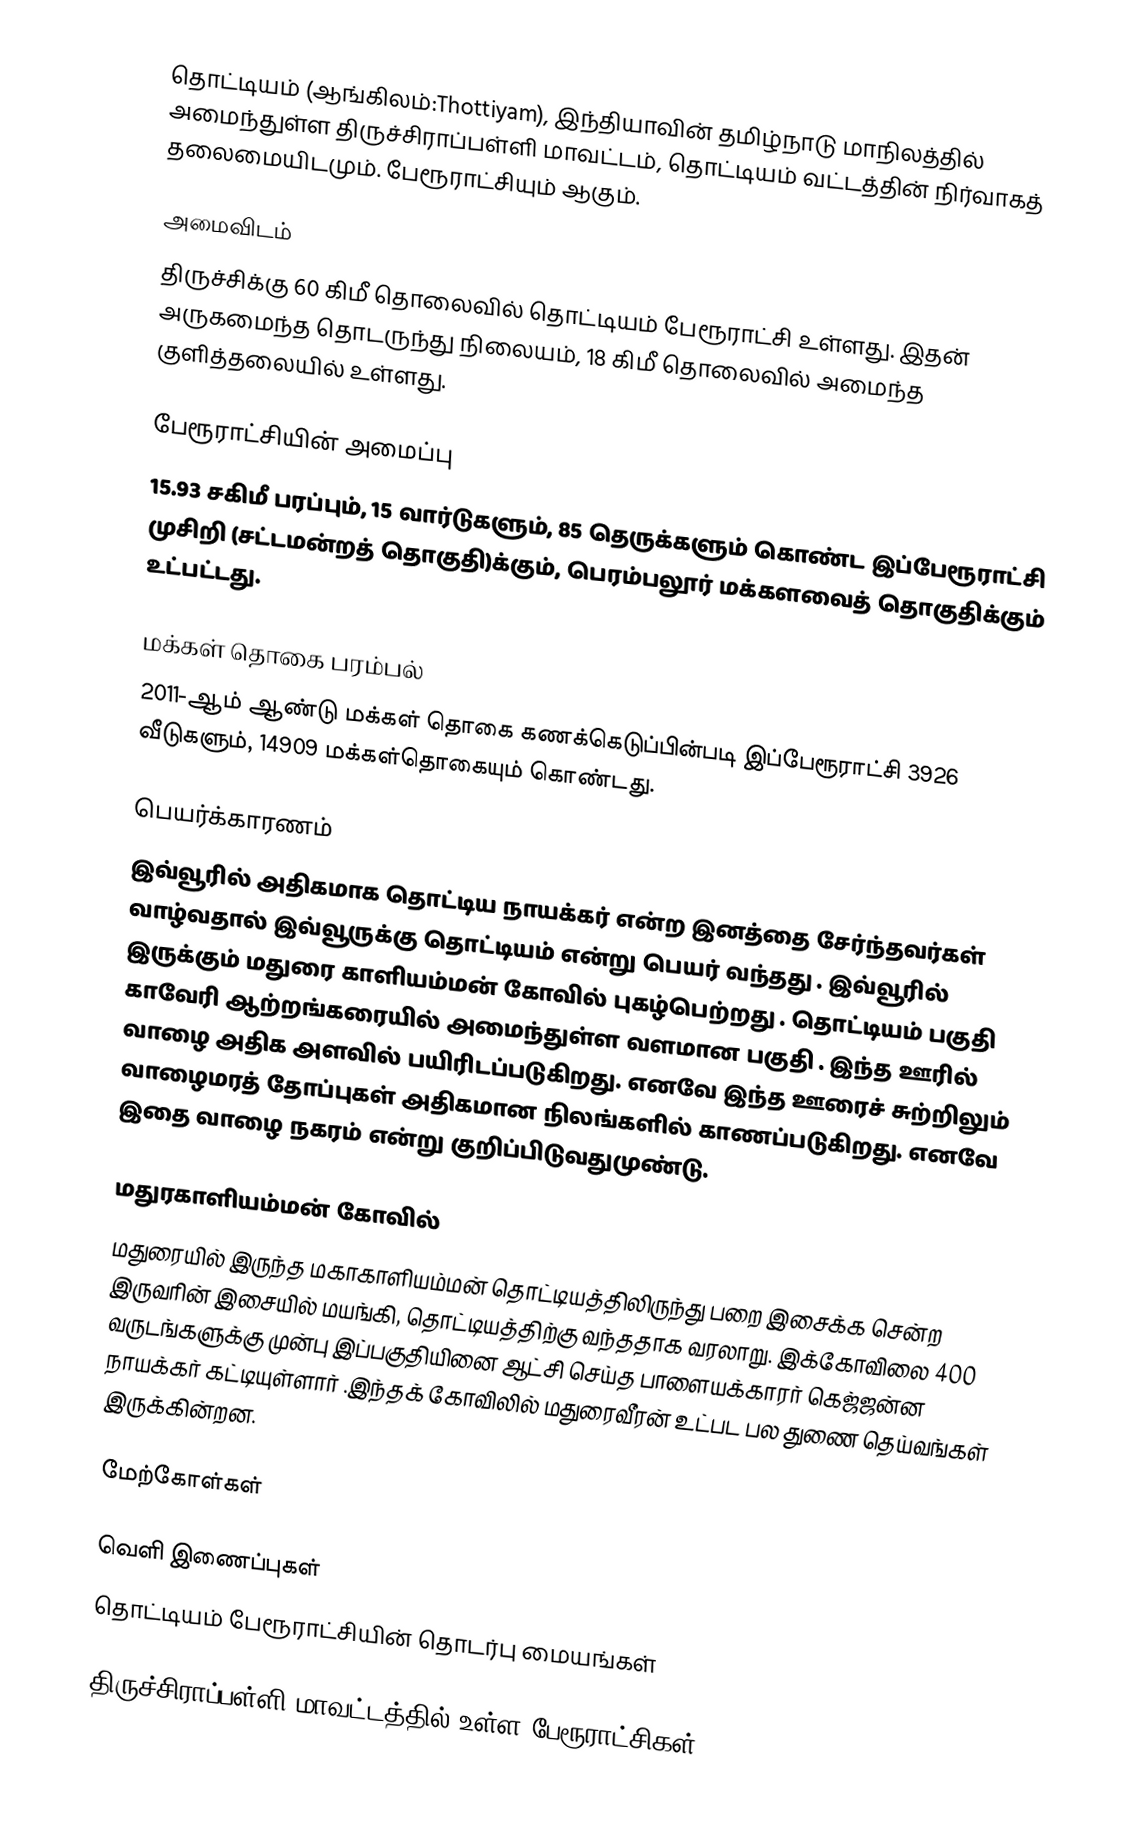
தொட்டியம் (ஆங்கிலம்:Thottiyam), இந்தியாவின் தமிழ்நாடு மாநிலத்தில் அமைந்துள்ள திருச்சிராப்பள்ளி மாவட்டம், தொட்டியம் வட்டத்தின் நிர்வாகத் தலைமையிடமும். பேரூராட்சியும் ஆகும்.

அமைவிடம்
திருச்சிக்கு  60 கிமீ தொலைவில் தொட்டியம்   பேரூராட்சி உள்ளது. இதன் அருகமைந்த தொடருந்து நிலையம், 18 கிமீ தொலைவில் அமைந்த   குளித்தலையில் உள்ளது.

பேரூராட்சியின் அமைப்பு
15.93 சகிமீ பரப்பும்,  15 வார்டுகளும்,  85  தெருக்களும் கொண்ட இப்பேரூராட்சி  முசிறி (சட்டமன்றத் தொகுதி)க்கும், பெரம்பலூர் மக்களவைத் தொகுதிக்கும் உட்பட்டது.

மக்கள் தொகை பரம்பல்
2011-ஆம் ஆண்டு மக்கள் தொகை கணக்கெடுப்பின்படி  இப்பேரூராட்சி 3926 வீடுகளும், 14909  மக்கள்தொகையும் கொண்டது.

பெயர்க்காரணம்
இவ்வூரில் அதிகமாக தொட்டிய நாயக்கர் என்ற இனத்தை சேர்ந்தவர்கள் வாழ்வதால் இவ்வூருக்கு தொட்டியம்  என்று பெயர் வந்தது . இவ்வூரில் இருக்கும் மதுரை காளியம்மன் கோவில் புகழ்பெற்றது . தொட்டியம் பகுதி காவேரி ஆற்றங்கரையில் அமைந்துள்ள வளமான பகுதி . இந்த ஊரில் வாழை அதிக அளவில் பயிரிடப்படுகிறது. எனவே இந்த ஊரைச் சுற்றிலும் வாழைமரத் தோப்புகள் அதிகமான நிலங்களில் காணப்படுகிறது. எனவே இதை வாழை நகரம் என்று குறிப்பிடுவதுமுண்டு.

மதுரகாளியம்மன் கோவில்
மதுரையில் இருந்த மகாகாளியம்மன் தொட்டியத்திலிருந்து பறை இசைக்க சென்ற இருவரின் இசையில் மயங்கி, தொட்டியத்திற்கு வந்ததாக வரலாறு. இக்கோவிலை 400 வருடங்களுக்கு முன்பு இப்பகுதியினை ஆட்சி செய்த பாளையக்காரர் கெஜ்ஜன்ன நாயக்கர் கட்டியுள்ளார் .இந்தக் கோவிலில் மதுரைவீரன் உட்பட பல துணை தெய்வங்கள் இருக்கின்றன.

மேற்கோள்கள்

வெளி இணைப்புகள்
 தொட்டியம் பேரூராட்சியின் தொடர்பு மையங்கள்

திருச்சிராப்பள்ளி மாவட்டத்தில் உள்ள பேரூராட்சிகள்